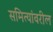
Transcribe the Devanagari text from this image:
समित्यांवरील